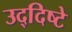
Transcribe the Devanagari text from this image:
उद्‌दिष्टे